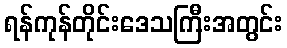
ရန်ကုန်တိုင်းဒေသကြီးအတွင်း